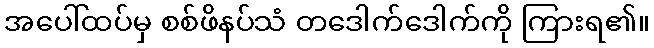
အပေါ်ထပ်မှ စစ်ဖိနပ်သံ တဒေါက်ဒေါက်ကို ကြားရ၏။